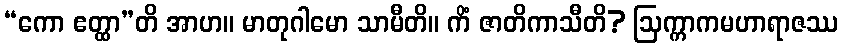
“ကော ဧတ္ထာ”တိ အာဟ။ မာတုဂါမော သာမီတိ။ ကိံ ဇာတိကာသီတိ? ဩက္ကာကမဟာရာဇဿ